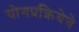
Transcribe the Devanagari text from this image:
योगप्रक्रियेचे